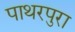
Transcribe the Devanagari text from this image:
पाथरपुरा